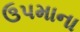
ઉપમાના